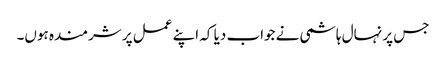
جس پر نہال ہاشمی نے جواب دیا کہ اپنے عمل پر شرمندہ ہوں۔